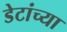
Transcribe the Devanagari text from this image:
डेटांच्या